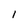
Character: 1